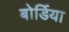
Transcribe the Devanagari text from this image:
बोर्डिया